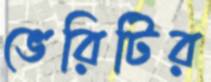
ভেরিটির